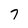
Character: 7